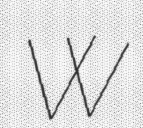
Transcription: W